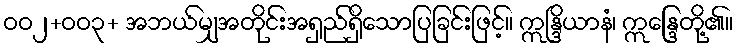
ဝဝ၂+ဝဝ၃+ အဘယ်မျှအတိုင်းအရှည်ရှိသောပြခြင်းဖြင့်။ ဣန္ဒြိယာနံ၊ ဣန္ဒြေတို့၏။